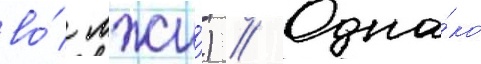
во́ лжи́) // Одна́ко